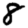
Digit: 8